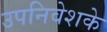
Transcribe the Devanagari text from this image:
उपनिवेशके